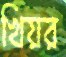
খিয়র